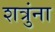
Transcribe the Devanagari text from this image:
शत्रुंना